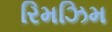
રિમઝિમ